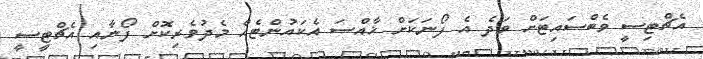
އެޗްޓިސީ ވެބްސައިޓަށް ވަދެ އެ ފޯނަކަށް ޚާއްސަ އެކައުންޓެއް މެދުވެރިކޮށް ފޯނާއި އެޗްޓީސީ